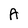
Character: A